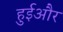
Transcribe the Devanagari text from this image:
हुईऔर